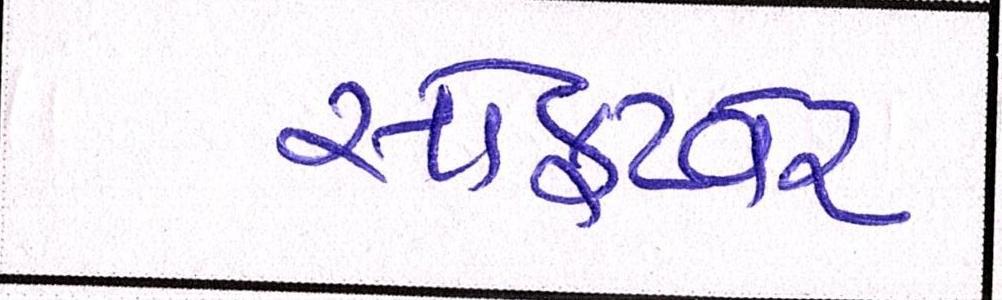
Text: સોફટવેર